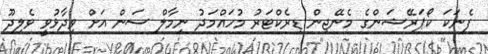
ފެނަކަ ކޯޕަރޭޝަންގެ މެނޭޖިން ޑިރެކްޓަރު މުހައްމަދު ނިމާލް ސަން އަށް ވިދާޅުވީ ވެލިދޫ